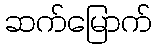
ဆက်မြောက်